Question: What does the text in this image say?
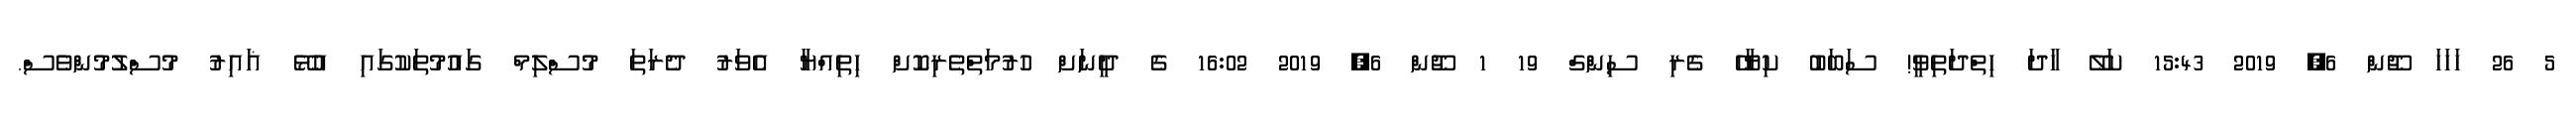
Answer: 5 26 ހަހަހަ ޖޫން 6, 2019 15:43 ކަލޭ ހާދަ ހިތްދަތިވީ! ސަބަބު ކިޔާހޭ ގެރި ސިންގް 19 1 ޖޫން 6, 2019 16:02 ގެ ދީނަށް ހުރުމަތްތެރިކޮށް ހިތިއްޔާ އެވަރު ދެރަތަ މުސްލިމް ގައުމުތަކުގައި އުޅޭ ޣައިރު މުސްލުމުންވެސް.